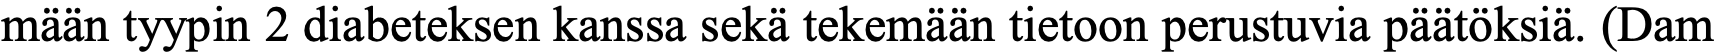
mään tyypin 2 diabeteksen kanssa sekä tekemään tietoon perustuvia päätöksiä. (Dam